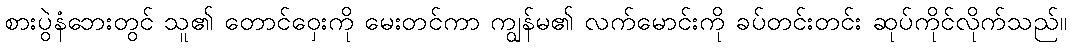
စားပွဲနံဘေးတွင် သူ၏ တောင်ဝှေးကို မေးတင်ကာ ကျွန်မ၏ လက်မောင်းကို ခပ်တင်းတင်း ဆုပ်ကိုင်လိုက်သည်။